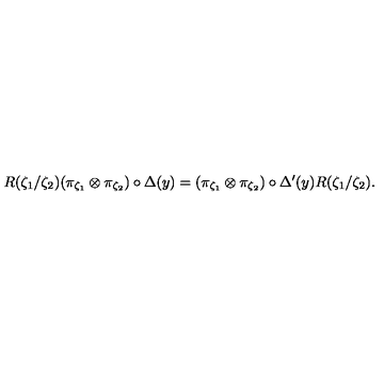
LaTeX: R ( \zeta _ { 1 } / \zeta _ { 2 } ) ( \pi _ { \zeta _ { 1 } } \otimes \pi _ { \zeta _ { 2 } } ) \circ \Delta ( y ) = ( \pi _ { \zeta _ { 1 } } \otimes \pi _ { \zeta _ { 2 } } ) \circ \Delta ^ { \prime } ( y ) R ( \zeta _ { 1 } / \zeta _ { 2 } ) .